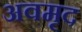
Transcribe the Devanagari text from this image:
अवमृद